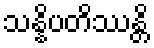
သန္နိပတိဿန္တိ